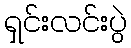
ရှင်းလင်းပွဲ